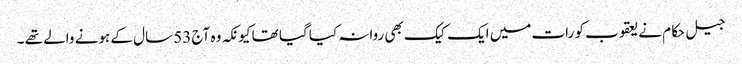
جیل حکام نے یعقوب کو رات میں ایک کیک بھی روانہ کیا گیا تھا کیونکہ وہ آج 53 سال کے ہونے والے تھے ۔